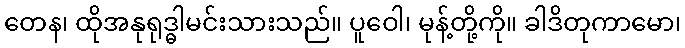
တေန၊ ထိုအနုရုဒ္ဓါမင်းသားသည်။ ပူဝေါ၊ မုန့်တို့ကို။ ခါဒိတုကာမော၊